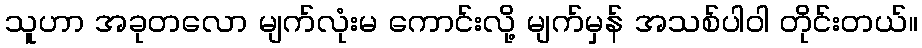
သူဟာ အခုတလော မျက်လုံးမ ကောင်းလို့ မျက်မှန် အသစ်ပါဝါ တိုင်းတယ်။